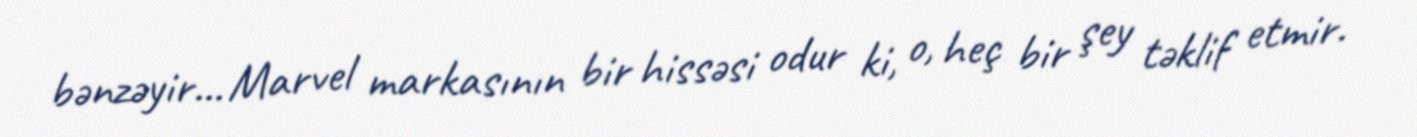
bənzəyir... Marvel markasının bir hissəsi odur ki, o, heç bir şey təklif etmir.